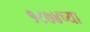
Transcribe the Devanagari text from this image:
१८७४च्या